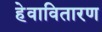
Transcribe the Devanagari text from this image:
हेवावितारण